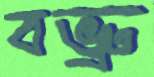
বভ্রু